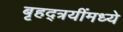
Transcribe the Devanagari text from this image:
बृहद्त्रयींमध्ये